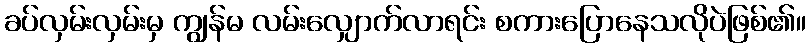
ခပ်လှမ်းလှမ်းမှ ကျွန်မ လမ်းလျှောက်လာရင်း စကားပြောနေသလိုပဲဖြစ်၏။